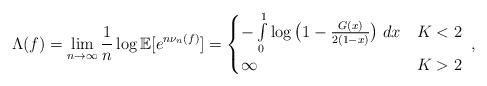
LaTeX: \begin{align*} \Lambda (f) = \lim \limits_{n \to \infty} \frac{1}{n}\log \mathbb{E}[e^{n \nu_n(f)}] = \begin{cases} -\int \limits_0^1 \log \big(1 - \frac{G(x)}{2(1-x)}\big) \; dx & K < 2 \\ \infty & K > 2 \end{cases}~, \end{align*}